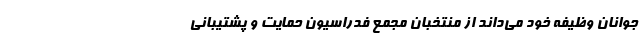
جوانان وظیفه خود می‌داند از منتخبان مجمع فدراسیون حمایت و پشتیبانی